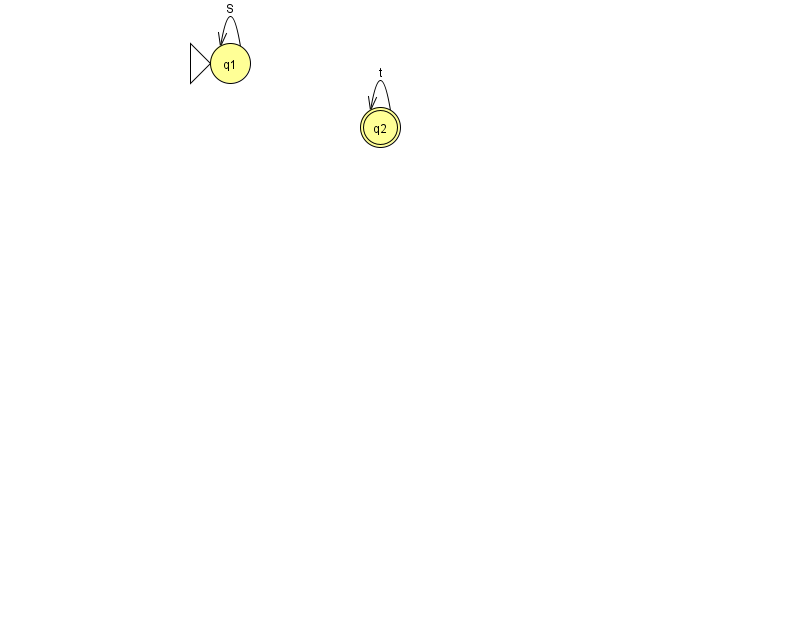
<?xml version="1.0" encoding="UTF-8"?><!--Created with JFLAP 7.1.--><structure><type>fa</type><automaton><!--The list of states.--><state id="1" name="q1"><x>230.0</x><y>50.0</y><initial/></state><state id="2" name="q2"><x>380.0</x><y>114.0</y><final/></state><!--The list of transitions.--><transition><from>1</from><to>1</to><read>S</read></transition><transition><from>2</from><to>2</to><read>t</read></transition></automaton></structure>